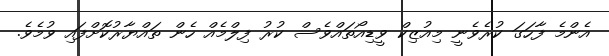
އެންމެ ފާހަގަ ކުރެވެނީ މިއުޒިކް ވީޑިއޯތައްވެސް ކުރު ފިލްމެއް ހެން ތައްޔާރުކޮށްފައި ވުމެވެ.